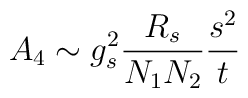
A_{4} \sim g_{s}^{2}\frac{R_s}{N_1 N_2} \frac{s^2}{t}